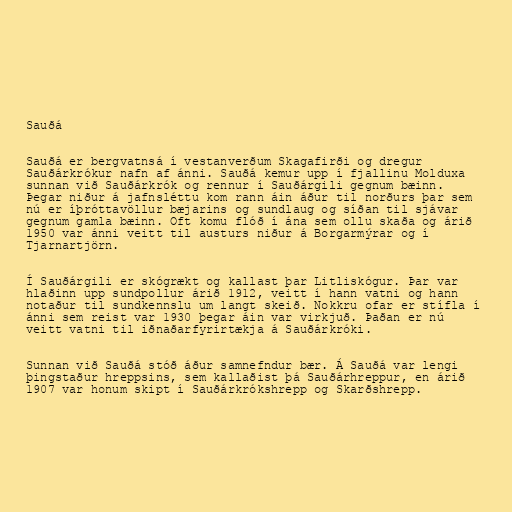
Sauðá

Sauðá er bergvatnsá í vestanverðum Skagafirði og dregur
Sauðárkrókur nafn af ánni. Sauðá kemur upp í fjallinu Molduxa
sunnan við Sauðárkrók og rennur í Sauðárgili gegnum bæinn.
Þegar niður á jafnsléttu kom rann áin áður til norðurs þar sem
nú er íþróttavöllur bæjarins og sundlaug og síðan til sjávar
gegnum gamla bæinn. Oft komu flóð í ána sem ollu skaða og árið
1950 var ánni veitt til austurs niður á Borgarmýrar og í
Tjarnartjörn.

Í Sauðárgili er skógrækt og kallast þar Litliskógur. Þar var
hlaðinn upp sundpollur árið 1912, veitt í hann vatni og hann
notaður til sundkennslu um langt skeið. Nokkru ofar er stífla í
ánni sem reist var 1930 þegar áin var virkjuð. Þaðan er nú
veitt vatni til iðnaðarfyrirtækja á Sauðárkróki.

Sunnan við Sauðá stóð áður samnefndur bær. Á Sauðá var lengi
þingstaður hreppsins, sem kallaðist þá Sauðárhreppur, en árið
1907 var honum skipt í Sauðárkrókshrepp og Skarðshrepp.